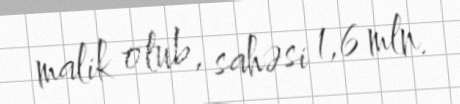
malik olub, sahəsi 1,6 mln.